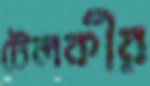
টেলকীর